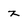
Character: z